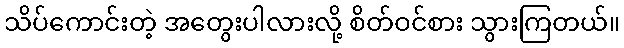
သိပ်ကောင်းတဲ့ အတွေးပါလားလို့ စိတ်ဝင်စား သွားကြတယ်။